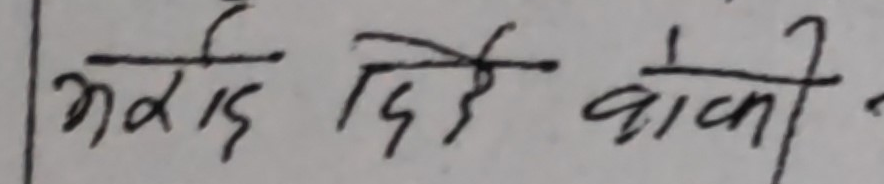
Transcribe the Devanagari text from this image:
भरिद दिई बाकी